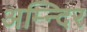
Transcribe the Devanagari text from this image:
अम्न्दिर